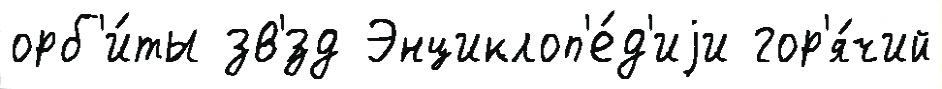
орб'и́ты зв'́зд Энциклоп'е́д'иjи гор'я́чий